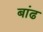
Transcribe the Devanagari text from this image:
बांढ